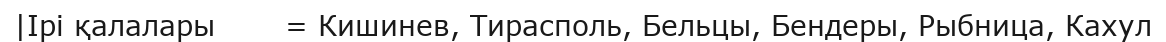
|Ірі қалалары       = Кишинев, Тирасполь, Бельцы, Бендеры, Рыбница, Кахул